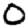
Digit: 0